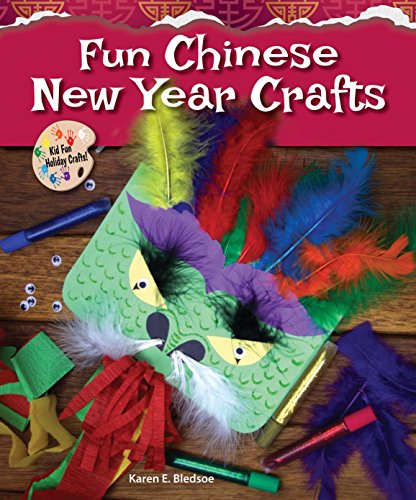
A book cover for Fun Chinese New Year Crafts (Kid Fun Holiday Crafts!); Karen E. Bledsoe; Children's Books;